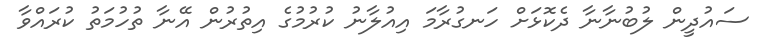
ސައުދީން ލުބުނާނާ ދެކޮޅަށް ހަނގުރާމަ އިއުލާނު ކުރުމުގެ އިތުރުން އޭނާ ތުހުމަތު ކުރައްވާ